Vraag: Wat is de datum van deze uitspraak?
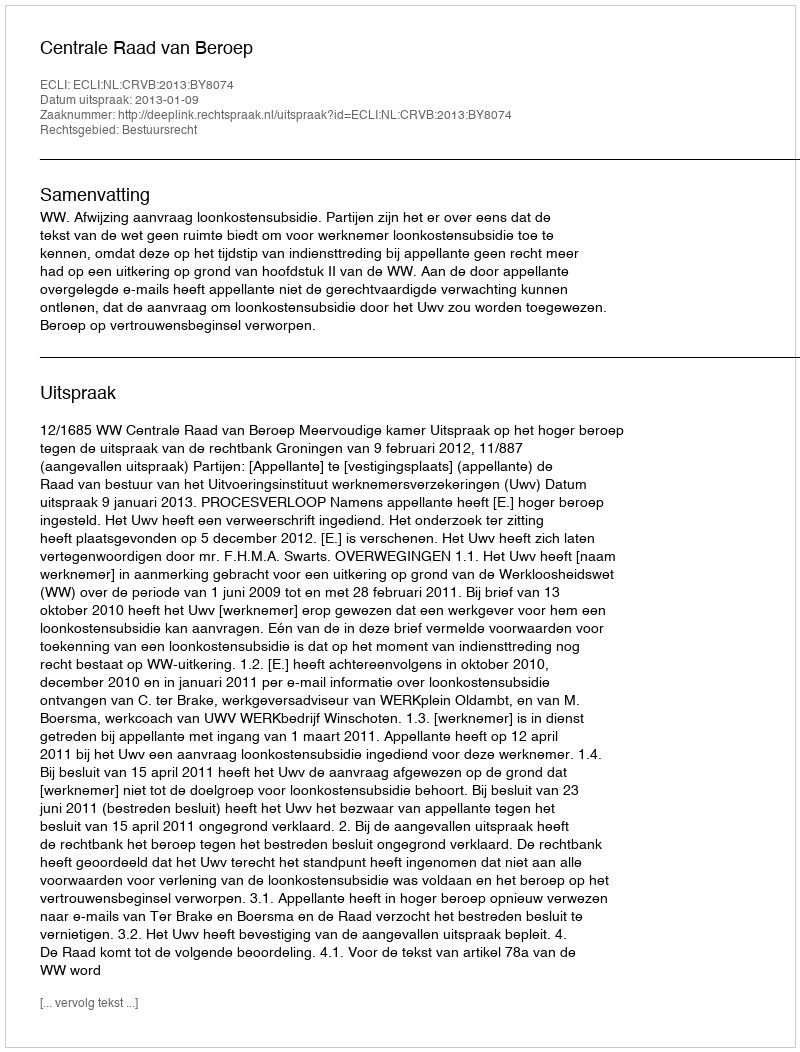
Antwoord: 2013-01-09